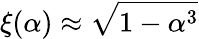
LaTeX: \xi(\alpha)\approx{\sqrt{1-\alpha^{3}}}